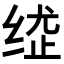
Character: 𦈍